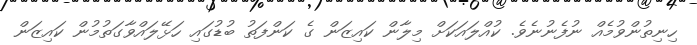
ހިނިތުންވުމެއް ނުފެނުނެވެ. ކުއްލައަކަށް މިލާން ކައިޒަން ގެ ކަންފަތު ބުޑުގައި ހަޅޭލައްވާގަތުމުން ކައިޒަން